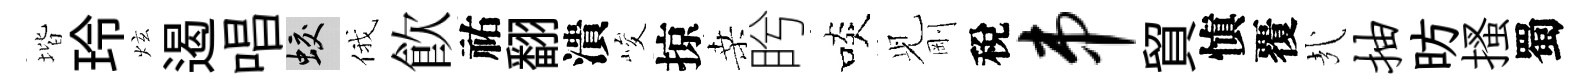
堦玲炫遏唱蛟俄飲祐翻潰峻掠桑盻啖𫤗剛稅串貿愼覆㢤抽昉搔蜀